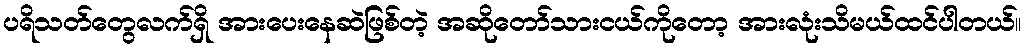
ပရိသတ်တွေလက်ရှိ အားပေးနေဆဲဖြစ်တဲ့ အဆိုတော်သားငယ်ကိုတော့ အားလုံးသိမယ်ထင်ပါတယ်။